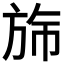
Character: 𬀂